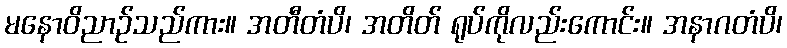
မနောဝိညာဉ်သည်ကား။ အတီတံပိ၊ အတိတ် ရုပ်ကိုလည်းကောင်း။ အနာဂတံပိ၊